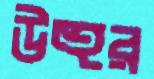
উহুর